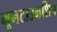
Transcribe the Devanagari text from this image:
मूनटाउनशिप